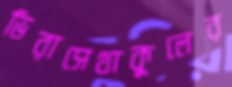
ভিরাসেথাকুলের